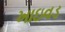
ખાઇવડ